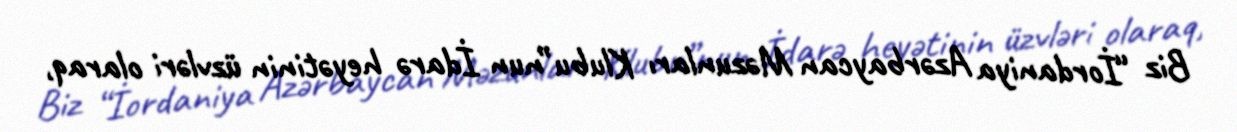
Biz “İordaniya Azərbaycan Məzunları Klubu”nun İdarə heyətinin üzvləri olaraq,